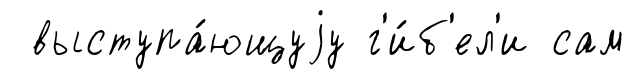
выступа́ющуjу г'и́б'ел'и сам